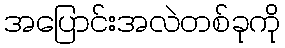
အပြောင်းအလဲတစ်ခုကို